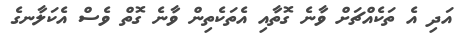
އަދި އެ ތަކެއްޗަށް ވާނެ ގޮތާއި އެތަކެތިން ވާނެ ގޮތް ވެސް އެކަލާނގެ